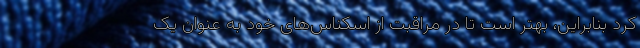
کرد بنابراین، بهتر است تا در مراقبت از اسکناس‌های خود به عنوان یک